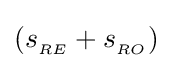
(s_{_{RE}}+s_{_{RO}})